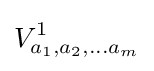
V_{a_{1},a_{2},\ldots a_{m}}^{1}